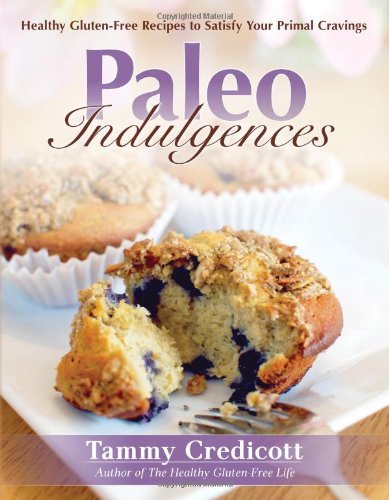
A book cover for Paleo Indulgences: Healthy Gluten-Free Recipes to Satisfy Your Primal Cravings; Tammy Credicott; Cookbooks, Food & Wine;